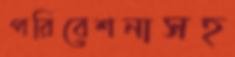
পরিবেশনাসহ